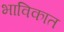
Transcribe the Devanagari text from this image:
भाविकात